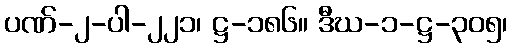
ပဏ်-၂-ပါ-၂၂၁၊ ဋ္ဌ-၁၈၆။ ဒီဃ-၁-ဋ္ဌ-၃၀၅၊